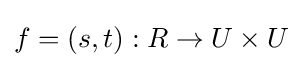
f=(s,t):R\to U\times U